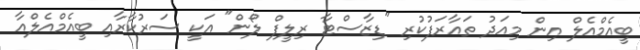
ބީއެމްއެލް އިން މިއަދު ތައާރަފުކުރި "ޑިޒާސްޓާ ރިލީފް ލޯން" އަކީ ސަރުކާރާއި ބީއެމްއެލްއާ